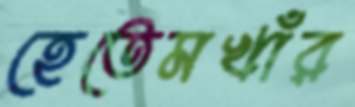
হেতেমখাঁর